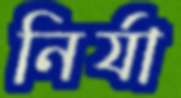
নির্যা